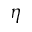
\eta